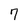
Character: 7